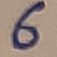
Text: 6